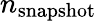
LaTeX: n_{\mathrm{snapshot}}